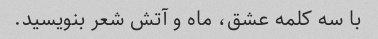
با سه کلمه عشق، ماه و آتش شعر بنویسید.